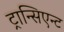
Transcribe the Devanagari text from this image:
ट्रान्सिएन्ट